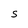
Character: S